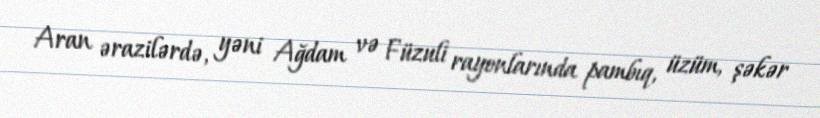
Aran ərazilərdə, yəni Ağdam və Füzuli rayonlarında pambıq, üzüm, şəkər